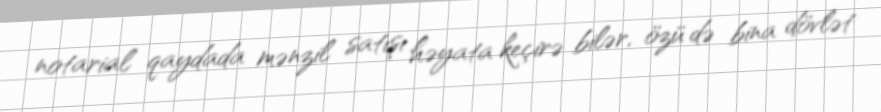
notarial qaydada mənzil satışı həyata keçirə bilər, özü də bina dövlət